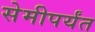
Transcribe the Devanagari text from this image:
सेमीपर्यंत